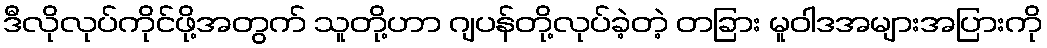
ဒီလိုလုပ်ကိုင်ဖို့အတွက် သူတို့ဟာ ဂျပန်တို့လုပ်ခဲ့တဲ့ တခြား မူဝါဒအများအပြားကို